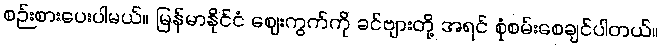
စဉ်းစားပေးပါမယ်။ မြန်မာနိုင်ငံ ဈေးကွက်ကို ခင်ဗျားတို့ အရင် စုံစမ်းစေချင်ပါတယ်။